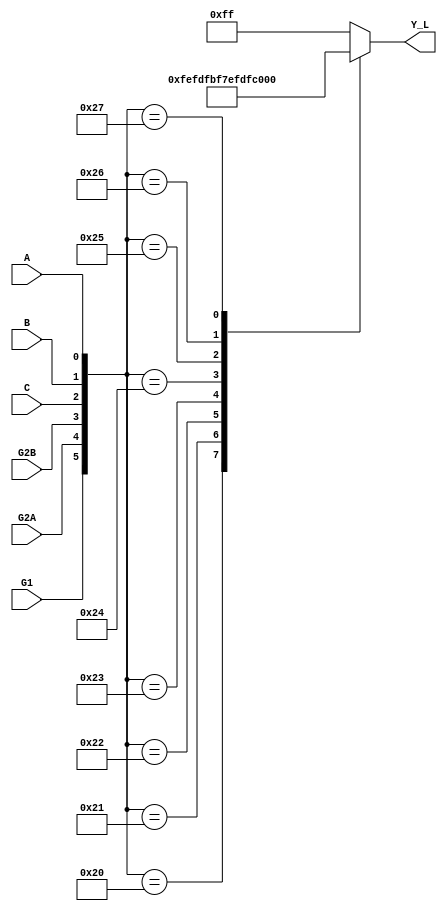
module xwtest1( G1,G2A,G2B,C,B,A,Y_L);
input G1,G2A,G2B; input C,B,A;
output [7:0]Y_L; reg [7:0]Y_L;
always @(G1 or G2A or G2B or A or B or C) begin //
case({G1,G2A,G2B,C,B,A})	// G1,G2A,G2B,C,B,A  Y_L[7:0]
6'b100000:	Y_L=8'b11111110; //
6'b100001:	Y_L=8'b11111101;
6'b100010:	Y_L=8'b11111011;
6'b100011:	Y_L=8'b11110111;
6'b100100:	Y_L=8'b11101111;
6'b100101:	Y_L=8'b11011111;
6'b100110:	Y_L=8'b10111111;
6'b100111:	Y_L=8'b01111111;
default:	Y_L=8'b11111111; 
endcase
end
endmodule